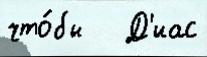
что́бы   Д'иас